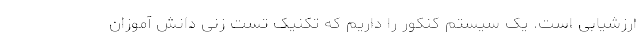
ارزشیابی است. یک سیستم کنکور را داریم که تکنیک تست زنی دانش آموزان